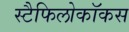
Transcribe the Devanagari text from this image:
स्टैफिलोकॉकस